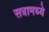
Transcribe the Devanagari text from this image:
सत्रामध्ये